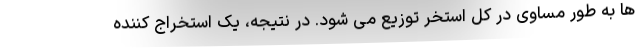
ها به طور مساوی در کل استخر توزیع می شود. در نتیجه، یک استخراج کننده